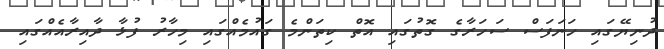
ދުނިޔޭގައި ހަނަފަސް ސަހަރާގެ ގޮތުގައި އޮތް ކިތަންމެ ގައުމެއްގައި މިހާރު ފުޅާ ދާއިރާއެއްގައި